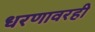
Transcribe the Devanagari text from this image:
धरणावरही